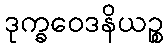
ဒုက္ခဝေဒနိယဉ္စ